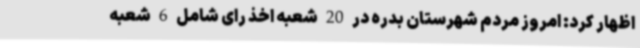
اظهار کرد: امروز مردم شهرستان بدره در 20 شعبه اخذ رای شامل 6 شعبه